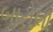
બારોલા